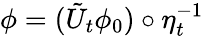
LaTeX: \phi=(\tilde{U}_{t}\phi_{0})\circ\eta_{t}^{-1}